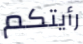
رأيتكم